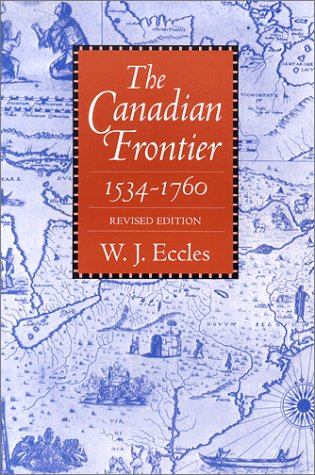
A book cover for The Canadian Frontier, 1534-1760 (Histories of the American Frontier); W. J. Eccles; Biographies & Memoirs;